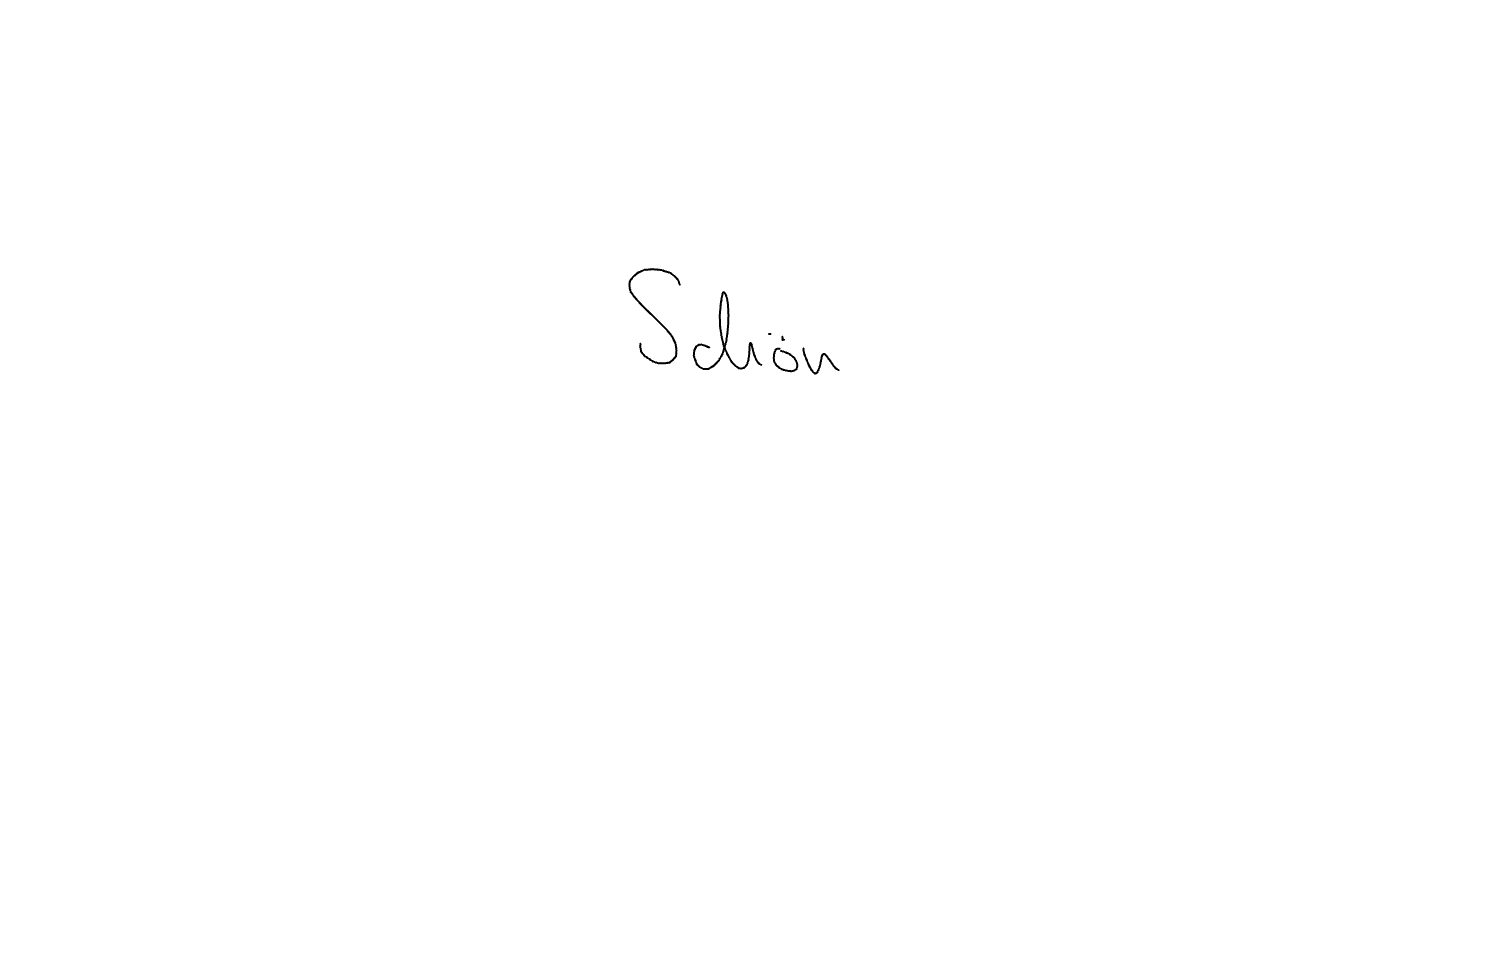
Text: Schön